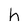
Character: h